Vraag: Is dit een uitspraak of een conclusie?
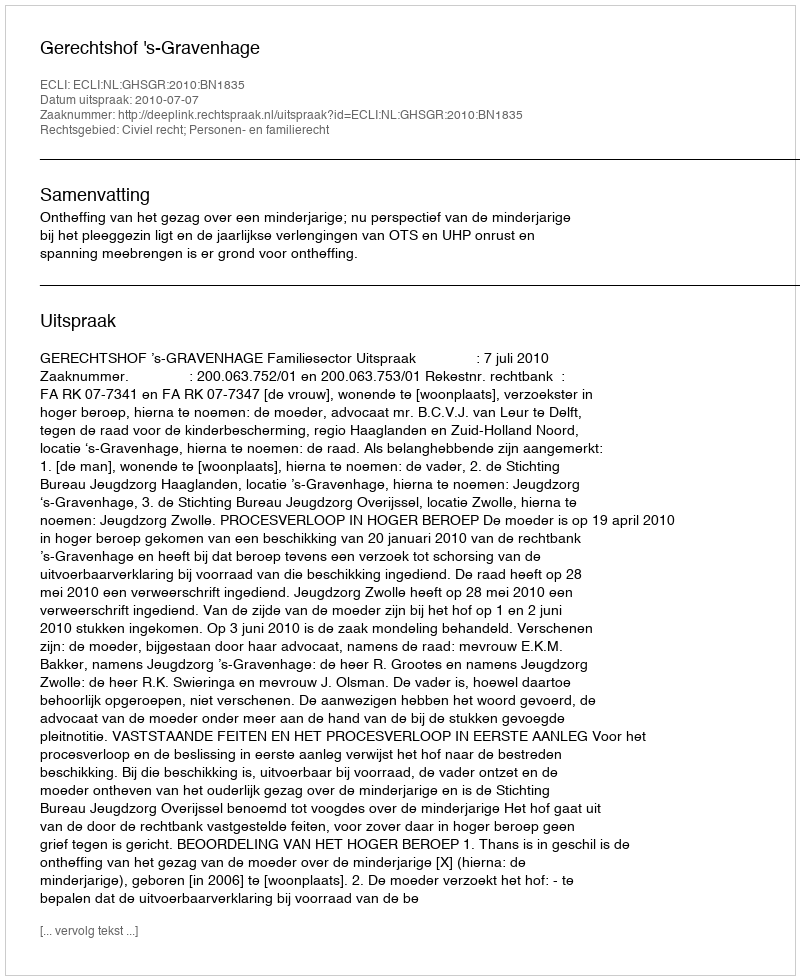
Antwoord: Uitspraak